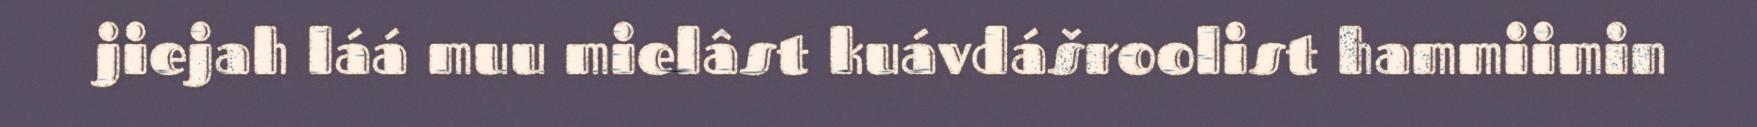
jiejah láá muu mielâst kuávdášroolist hammiimin